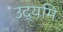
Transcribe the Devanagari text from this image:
उद्यमि